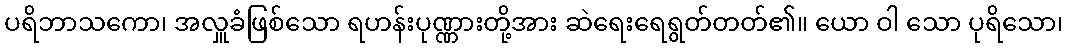
ပရိဘာသကော၊ အလှူခံဖြစ်သော ရဟန်းပုဏ္ဏားတို့အား ဆဲရေးရေရွတ်တတ်၏။ ယော ဝါ သော ပုရိသော၊